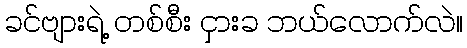
ခင်ဗျားရဲ့ တစ်စီး ငှားခ ဘယ်လောက်လဲ။